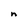
Character: n